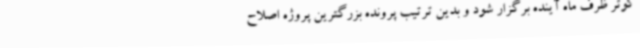
کوثر ظرف ماه آینده برگزار شود و بدین ترتیب پرونده بزرگترین پروژه اصلاح